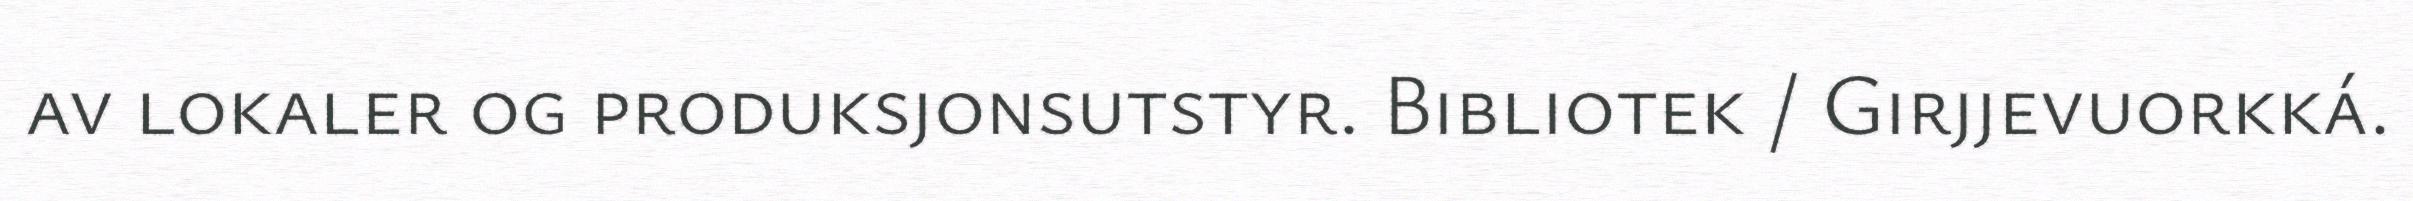
av lokaler og produksjonsutstyr. Bibliotek / Girjjevuorkká.